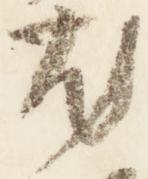
尤